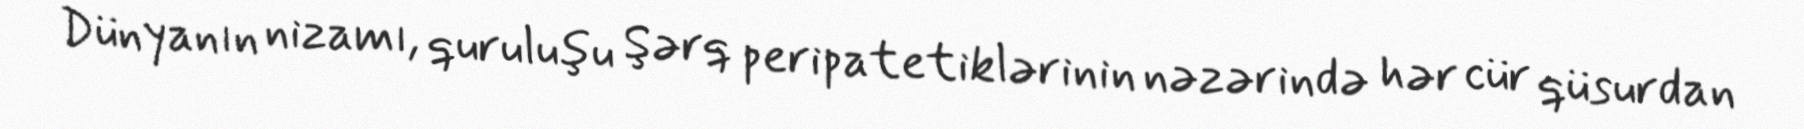
Dünyanın nizamı, quruluşu Şərq peripatetiklərinin nəzərində hər cür qüsurdan